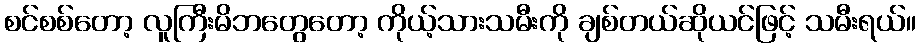
စင်စစ်တော့ လူကြီးမိဘတွေတော့ ကိုယ့်သားသမီးကို ချစ်တယ်ဆိုယင်ဖြင့် သမီးရယ်။